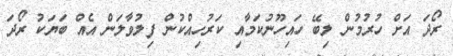
ރޯދަ އަށް ހުރުމުން ލިބޭ ހައިހޫނުކަމާއި ކަރުހިއްކުން ފިލުވާލަން އެއް ބަޔަކު ރޯދަ